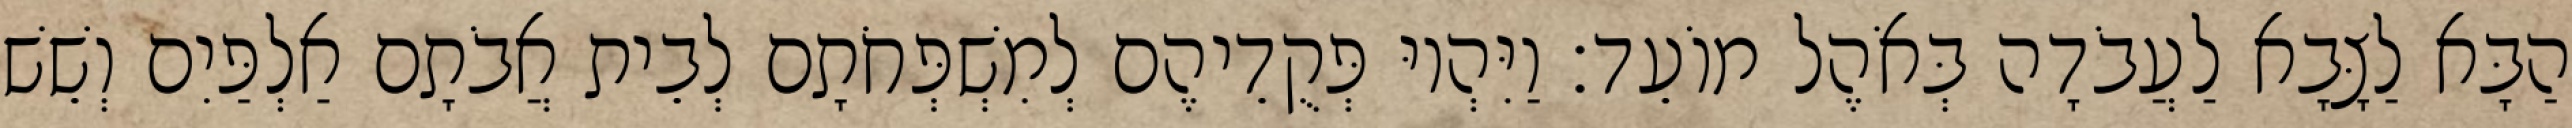
הַבָּא לַצָּבָא לַעֲבֹדָה בְּאֹהֶל מוֹעֵד׃ וַיִּהְיוּ פְּקֻדֵיהֶם לְמִשְׁפְּחֹתָם לְבֵית אֲבֹתָם אַלְפַּיִם וְשֵׁשׁ